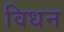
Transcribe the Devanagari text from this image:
विधन